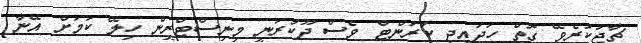
ޗާޖުކުރެވޭ ގޮތް ހަދައިދީ ކަރަންޓް ވެސް ދޫކުރަނީ މިނިސްޓްރީން ހިލޭ ކަމަށް އޭނާ